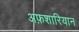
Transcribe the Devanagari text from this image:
अफ़शारियान